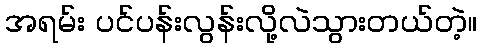
အရမ်း ပင်ပန်းလွန်းလို့လဲသွားတယ်တဲ့။